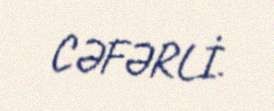
CƏFƏRLİ.